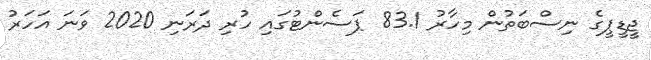
ޖީޑީޕީގެ ނިސްބަތުން މިހާރު 83.1 ޕަސެންޓުގައި ހުރި ދަރަނި 2020 ވަނަ އަހަރު